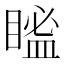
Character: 𥉓